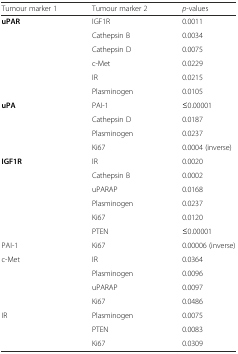
<table><thead><tr><td><b>Tumour marker 1</b></td><td><b>Tumour marker 2</b></td><td><b><i>p</i>-values</b></td></tr></thead><tbody><tr><td rowspan="6"><b>uPAR</b></td><td>IGF1R</td><td>0.0011</td></tr><tr><td>Cathepsin B</td><td>0.0034</td></tr><tr><td>Cathepsin D</td><td>0.0075</td></tr><tr><td>c-Met</td><td>0.0229</td></tr><tr><td>IR</td><td>0.0215</td></tr><tr><td>Plasminogen</td><td>0.0105</td></tr><tr><td rowspan="4"><b>uPA</b></td><td>PAI-1</td><td>≤0.00001</td></tr><tr><td>Cathepsin D</td><td>0.0187</td></tr><tr><td>Plasminogen</td><td>0.0237</td></tr><tr><td>Ki67</td><td>0.0004 (inverse)</td></tr><tr><td rowspan="6"><b>IGF1R</b></td><td>IR</td><td>0.0020</td></tr><tr><td>Cathepsin B</td><td>0.0002</td></tr><tr><td>uPARAP</td><td>0.0168</td></tr><tr><td>Plasminogen</td><td>0.0237</td></tr><tr><td>Ki67</td><td>0.0120</td></tr><tr><td>PTEN</td><td>≤0.00001</td></tr><tr><td>PAI-1</td><td>Ki67</td><td>0.00006 (inverse)</td></tr><tr><td rowspan="4">c-Met</td><td>IR</td><td>0.0364</td></tr><tr><td>Plasminogen</td><td>0.0096</td></tr><tr><td>uPARAP</td><td>0.0097</td></tr><tr><td>Ki67</td><td>0.0486</td></tr><tr><td rowspan="3">IR</td><td>Plasminogen</td><td>0.0075</td></tr><tr><td>PTEN</td><td>0.0083</td></tr><tr><td>Ki67</td><td>0.0309</td></tr></tbody></table>